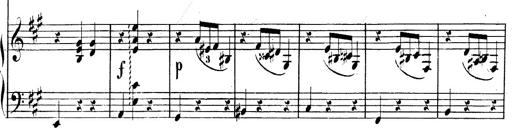
Title: Valse Impromptu
Composer: Emil von Sauer